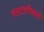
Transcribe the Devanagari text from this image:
पलटणींमध्ये